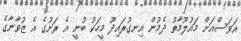
އަވަސްއަށް މައުލޫމާތު ދެމުން އިނގުރައިދޫ މީހަކު ބުނީ އެ ރަށުގެ އެ ޒުވާނާގެ